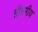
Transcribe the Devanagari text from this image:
सीरमीय